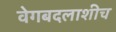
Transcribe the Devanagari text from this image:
वेगबदलाशीच